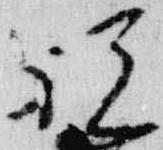
祝